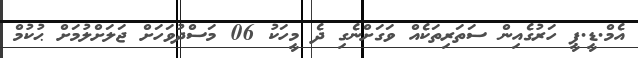
އެމް.ޑީ.ޕީ ހަރުގެއިން ސަތަރިތަކެއް ވަގަށްނެގި ދެ މީހަކު 06 މަސްދުވަހަށް ޖަލަށްލުމަށް ޙުކުމް